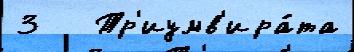
3   Тр'иумв'ира́та